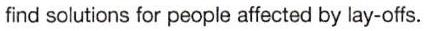
find solutions for people affected by lay-offs.